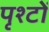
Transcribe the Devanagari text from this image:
पृश्टों